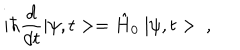
i \hbar \frac { d } { d t } | \psi , t > = \hat { H } _ { 0 } \ | \psi , t > \ ,